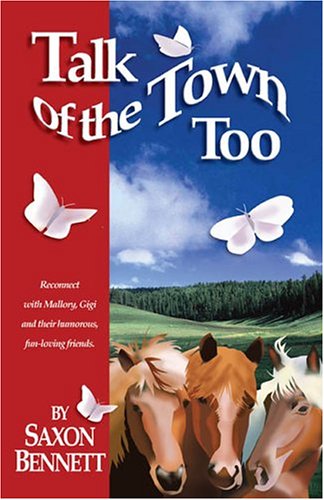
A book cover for Talk of the Town Too; Saxon Bennett; Romance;